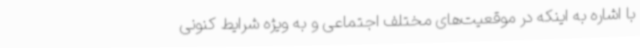
با اشاره به اینکه در موقعیت‌های مختلف اجتماعی و به ویژه شرایط کنونی